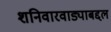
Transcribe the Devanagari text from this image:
शनिवारवाड्याबद्दल